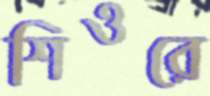
শিওরে